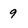
Character: 9